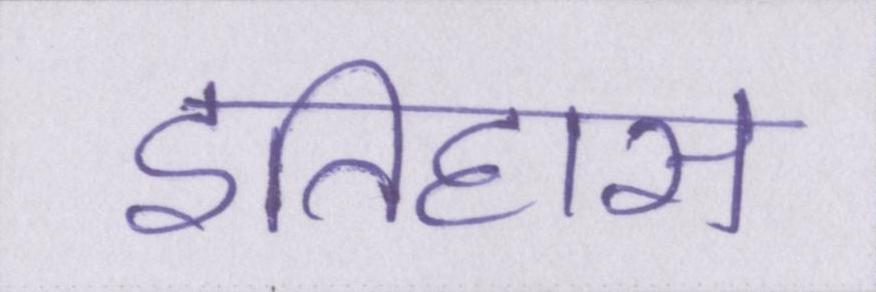
इतिहास